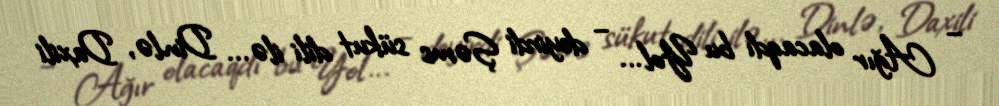
– Ağır olacaqdı bu Yol... – deyirdi Şəms sükut dili ilə... Dinlə, Daxili